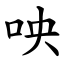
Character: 咉